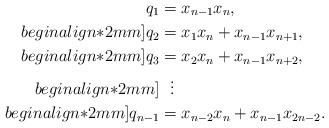
LaTeX: \begin{align*}q_1 &= x_{n-1} x_n, \\begin{align*}2mm]q_2 &= x_1 x_n + x_{n-1} x_{n+1}, \\begin{align*}2mm]q_3 &= x_2 x_n + x_{n-1} x_{n+2}, \\begin{align*}2mm] &\ \ \vdots \\begin{align*}2mm]q_{n-1} &= x_{n-2} x_n + x_{n-1} x_{2n-2}.\end{align*}